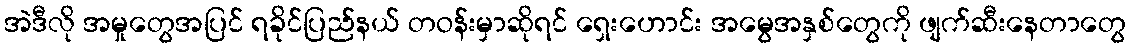
အဲဒီလို အမှုတွေအပြင် ရခိုင်ပြည်နယ် တဝန်းမှာဆိုရင် ရှေးဟောင်း အမွေအနှစ်တွေကို ဖျက်ဆီးနေတာတွေ